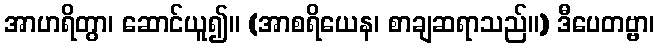
အာဟရိတွာ၊ ဆောင်ယူ၍။ (အာစရိယေန၊ စာချဆရာသည်။) ဒီပေတဗ္ဗာ၊